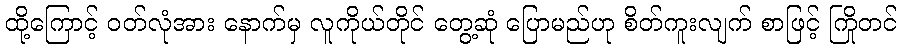
ထို့ကြောင့် ဝတ်လုံအား နောက်မှ လူကိုယ်တိုင် တွေ့ဆုံ ပြောမည်ဟု စိတ်ကူးလျက် စာဖြင့် ကြိုတင်